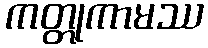
ကတ္တုကာမဿ